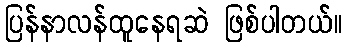
ပြန်နာလန်ထူနေရဆဲ ဖြစ်ပါတယ်။